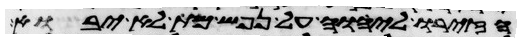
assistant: הזירו ליהוה על נפש מת לא יבוא